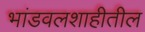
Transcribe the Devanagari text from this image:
भांडवलशाहीतील